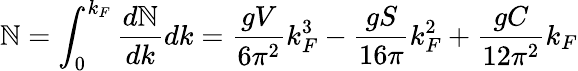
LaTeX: \mathbb{N}=\int_{0}^{k_{F}}{\frac{{d\mathbb{N}}}{{dk}}}dk={\frac{{gV}}{{6\pi^{2}}}}k_{F}^{3}-{\frac{{gS}}{{16\pi}}}k_{F}^{2}+{\frac{{gC}}{{12\pi^{2}}}}k_{F}